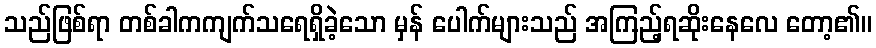
သည်ဖြစ်ရာ တစ်ခါကကျက်သရေရှိခဲ့သော မှန် ပေါက်များသည် အကြည့်ရဆိုးနေလေ တော့၏။